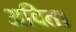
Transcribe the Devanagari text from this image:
अविता